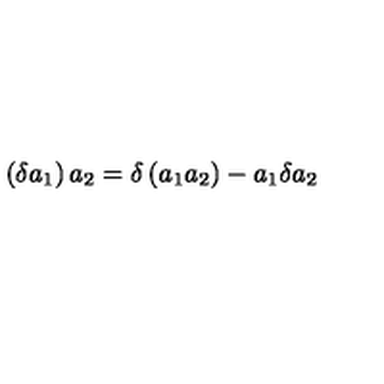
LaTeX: \left( \delta a _ { 1 } \right) a _ { 2 } = \delta \left( a _ { 1 } a _ { 2 } \right) - a _ { 1 } \delta a _ { 2 }